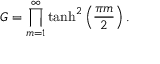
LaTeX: G = \prod _ { m = 1 } ^ { \infty } \operatorname { t a n h } ^ { 2 } \left( { \frac { \pi m } { 2 } } \right) .